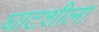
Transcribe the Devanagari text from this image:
घाटशीला